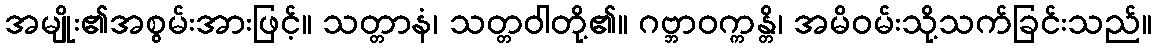
အမျိုး၏အစွမ်းအားဖြင့်။ သတ္တာနံ၊ သတ္တဝါတို့၏။ ဂဗ္ဘာဝက္ကန္တိ၊ အမိဝမ်းသို့သက်ခြင်းသည်။